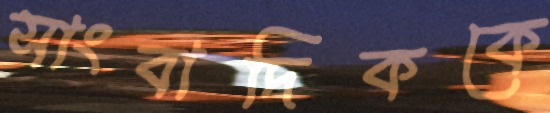
সাংবাদিককে